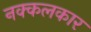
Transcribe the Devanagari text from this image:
नक्कलकार